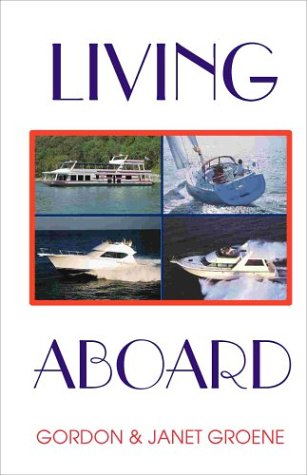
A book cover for Living Aboard; Janet Groene; Travel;